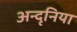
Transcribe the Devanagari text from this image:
अन्दृनिया